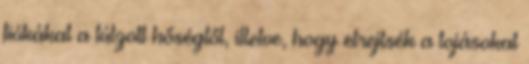
fiókákat a túlzott hőségtől, illetve, hogy elrejtsék a tojásokat